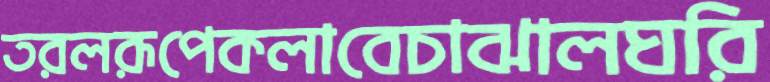
তরলরূপেকলাবেচাঝালঘরি